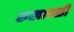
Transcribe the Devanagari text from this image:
रुखातळी